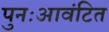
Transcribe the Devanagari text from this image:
पुनःआवंटित